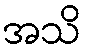
အသိ